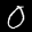
Label: 0